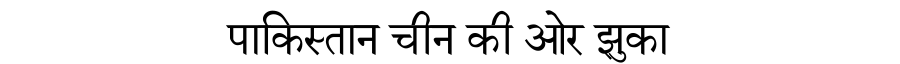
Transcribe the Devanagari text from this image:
पाकिस्तान चीन की ओर झुका